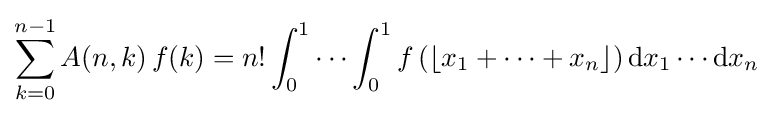
\sum _{k=0}^{n-1}A(n,k)\,f(k)=n!\int _{0}^{1}\cdots \int _{0}^{1}f\left(\left\lfloor x_{1}+\cdots +x_{n}\right\rfloor \right){\mathrm {d} }x_{1}\cdots {\mathrm {d} }x_{n}